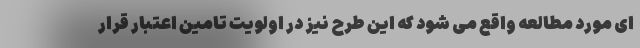
ای مورد مطالعه واقع می شود که این طرح نیز در اولویت تامین اعتبار قرار